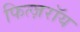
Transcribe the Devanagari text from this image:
फित्ज़रॉय